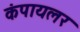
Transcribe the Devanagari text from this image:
कंपायलर